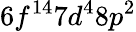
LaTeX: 6f^{14}7d^{4}8p^{2}